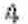
4